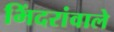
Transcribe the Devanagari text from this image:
भिंदरांवाले